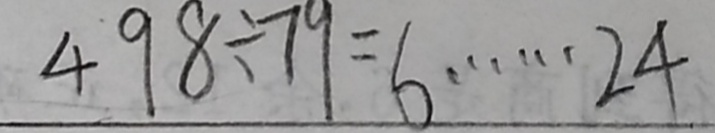
4 9 8 \div 7 9 = 6 \cdots 2 4